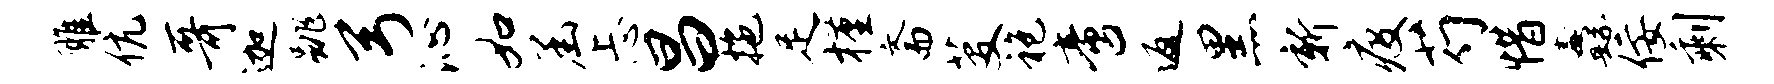
雕伉哥迦跳弓沁如函忐昌拖足槿斋芟袍啻返黑新疫芍惜纛佞剩